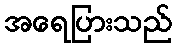
အရေပြားသည်